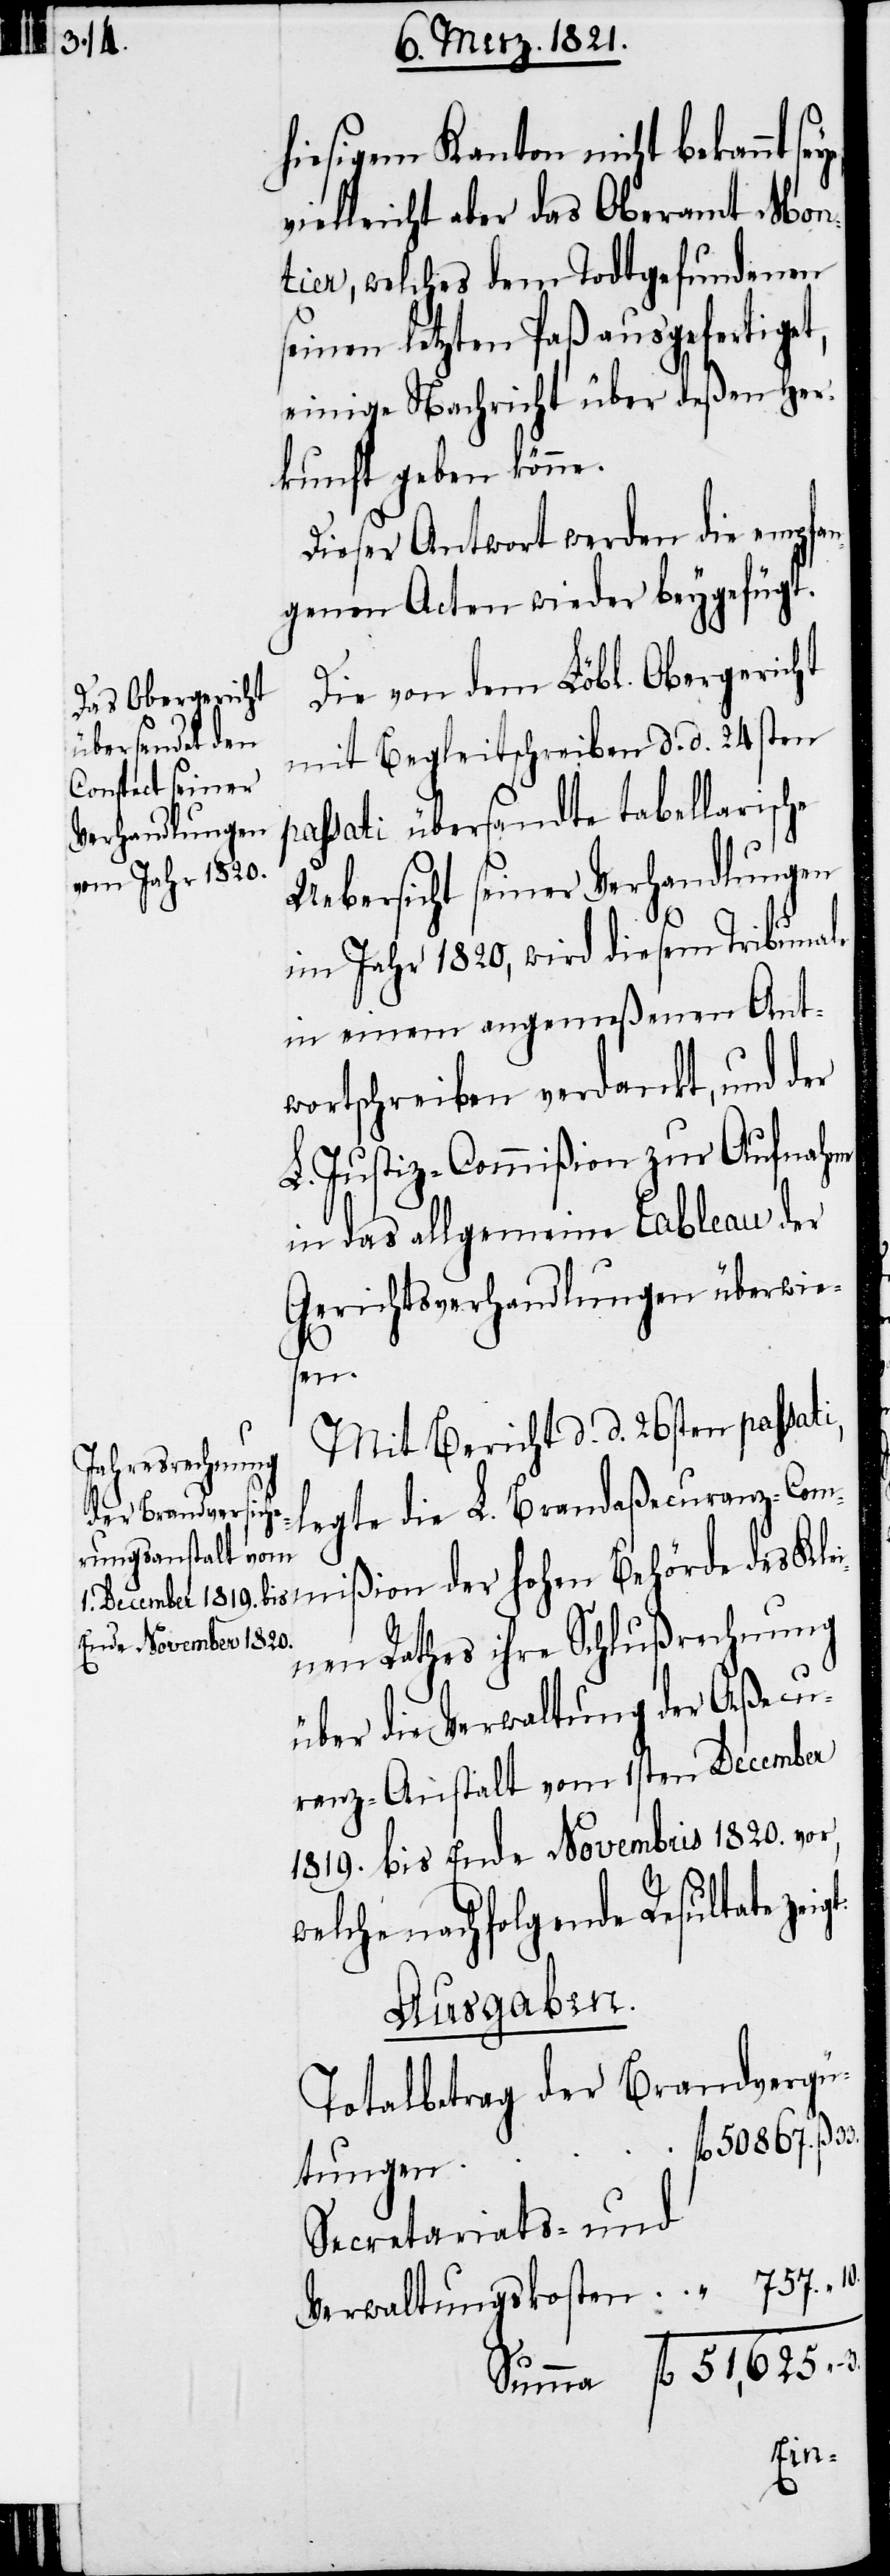
hiesigem Kanton nicht bekannt
vielleicht aber das Oberamt Mon¬
tier, welches dem Todtgefundenen
seinen letzen Paß ausgefertiget,
einige Nachricht über deßen Her¬
kunft geben könne.
Dieser Antwort werden die empfan¬
genen Acten wieder beygefügt.
Die von dem Löbl. Obergericht
mit Begleitschreiben d. d. 24sten
passati übersandte tabellarische
Uebersicht seiner Verhandlungen
im Jahre 1820, wird diesem Tribunale
in einem angemeßenen Ant¬
wortschreiben verdankt, und der
L. Justiz-Commißion zur Aufnahme
in das allgemeine Tableau der
Gerichtsverhandlungen überwie¬
sen.
Mit Bericht d. d. 26sten passati,
legte die L. Brandaßecuranz-Com¬
nen Rathes ihre Schlußrechnung
über die Verwaltung der Aßecu¬
ranz-Anstalt vom 1sten December
1819. bis Ende Novembris 1820. vor,
welche nachfolgende Resultate
Ausgaben.
Totalbetrag der Brandvergü¬
tungen
Secretariats- und
Verwaltungskosten
fl.